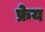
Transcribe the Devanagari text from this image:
फ्रेय